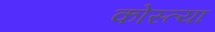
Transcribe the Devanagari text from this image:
कोस्त्या